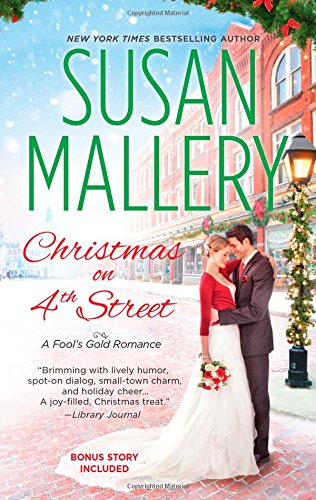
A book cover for Christmas on 4th Street: Yours for Christmas (Fool's Gold); Susan Mallery; Romance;